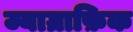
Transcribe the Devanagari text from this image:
ज्याग्राफ़िक